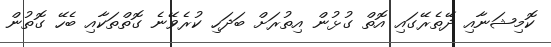
ކޮމިޝަނާއި ދޭތެރޭގައި އޮތް ގުޅުން އިތުރަށް ބަދަހި ކުރެވޭނެ ގޮތްތަކާއި ބެހޭ ގޮތުން